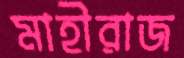
মাহীরাজ